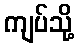
ကျပ်သို့